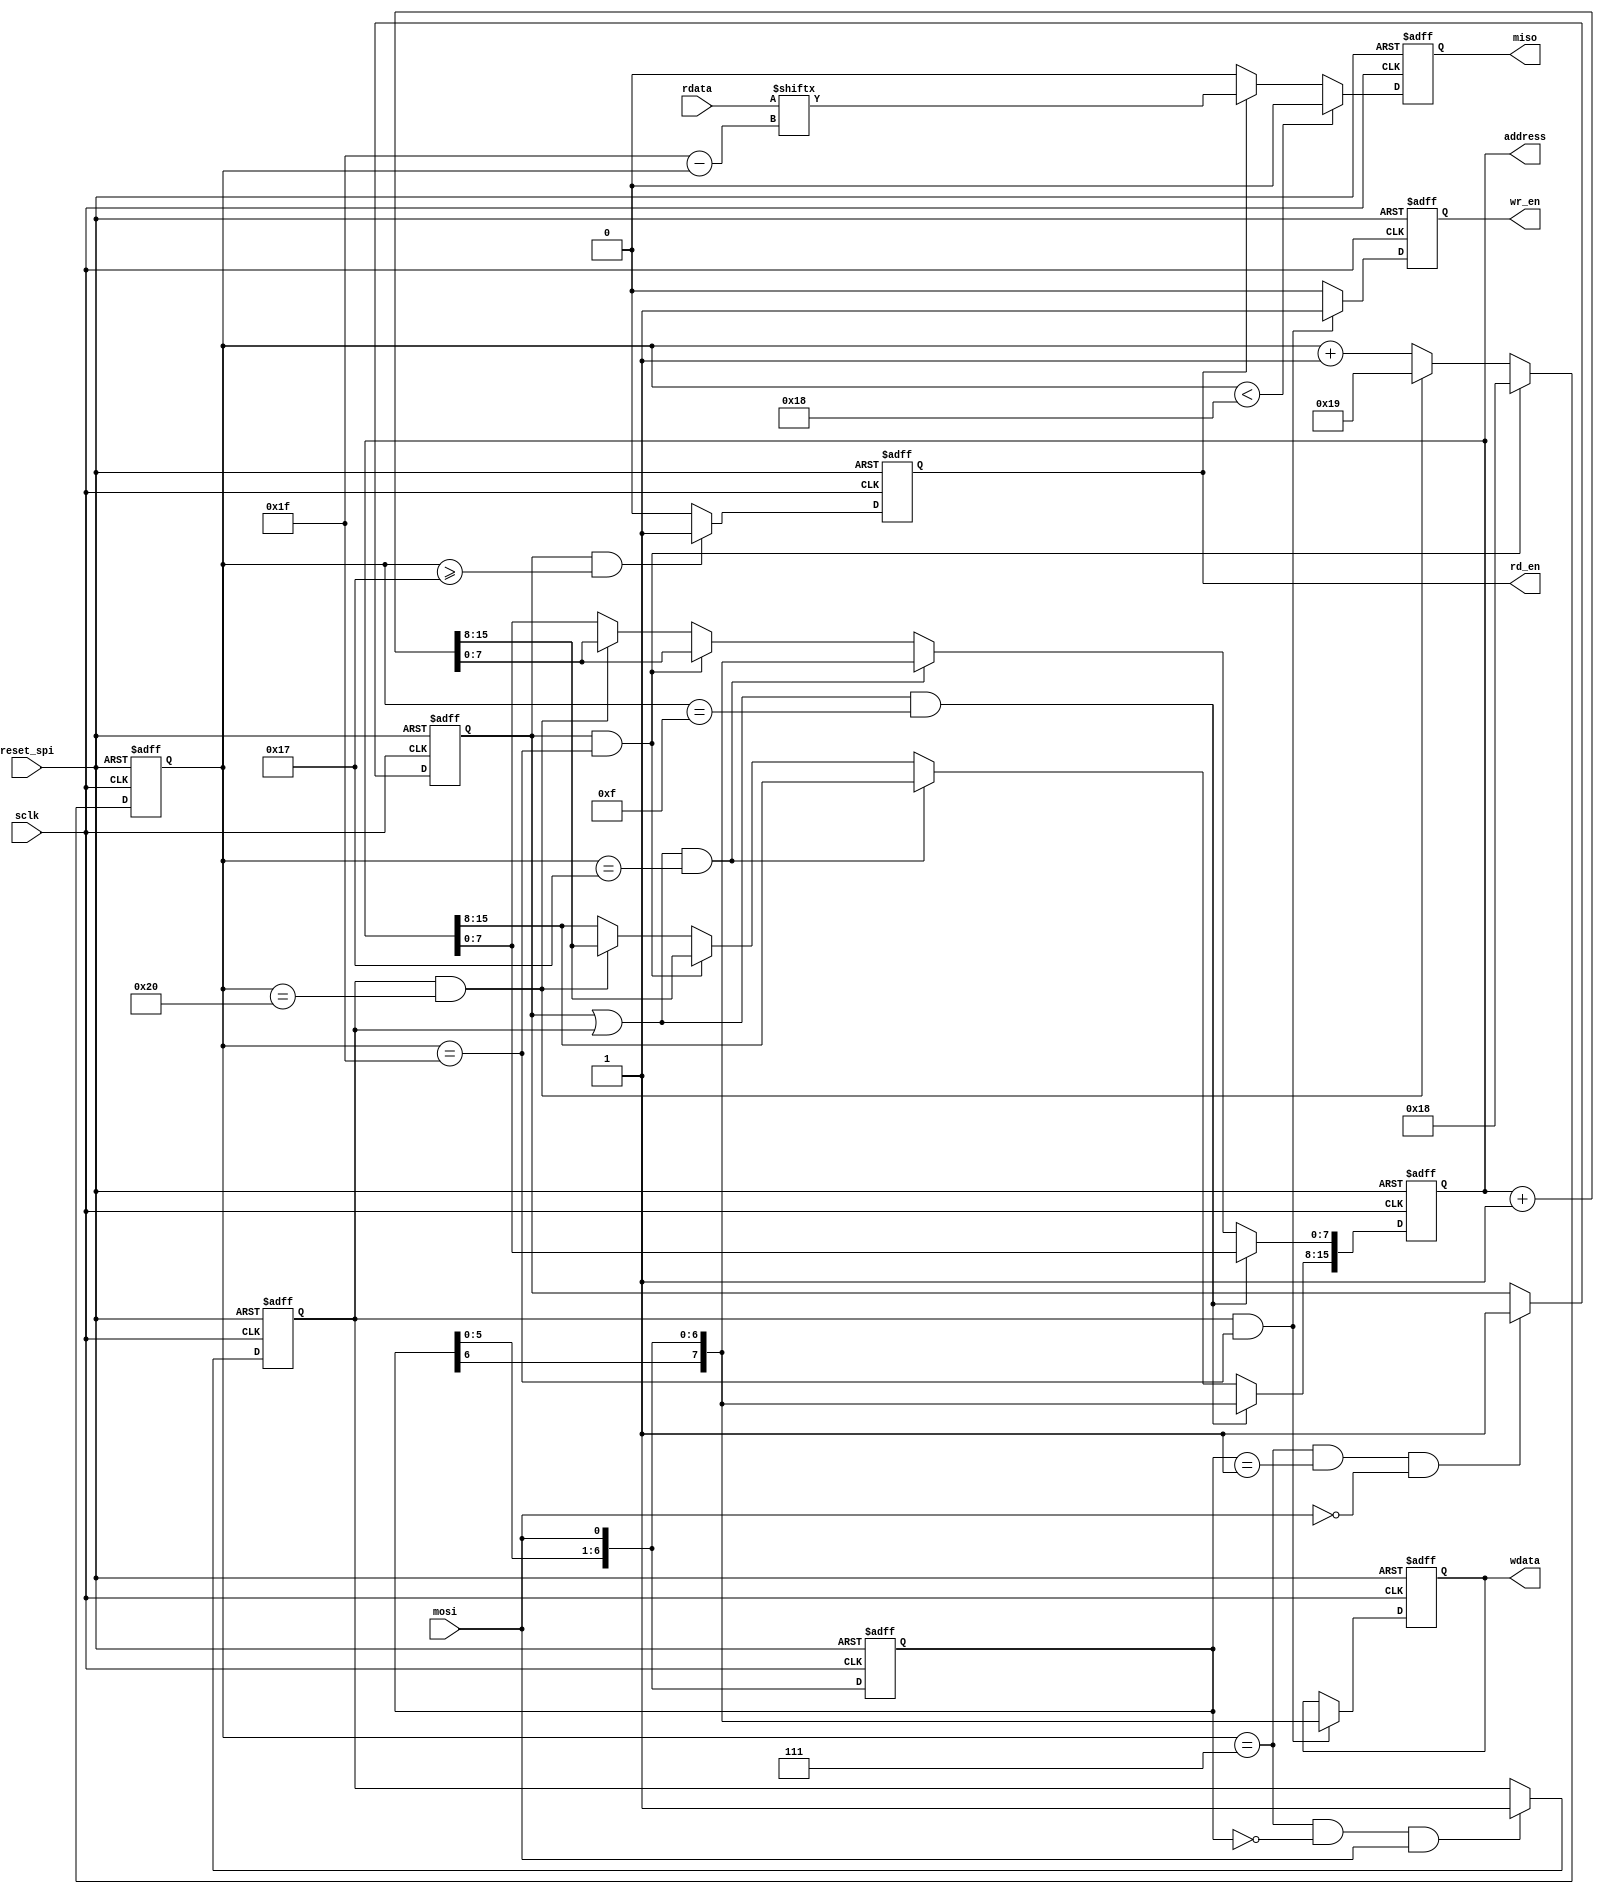
module spi_slave_lbus
  ( input             sclk,   // SPI
    input             mosi,   // SPI
    output reg        miso,   // SPI
    input             reset_spi,  // ASYNC_RESET
    input       [7:0] rdata,  // LBUS
    output reg        rd_en,  // LBUS
    output reg        wr_en,  // LBUS
    output reg  [7:0] wdata,  // LBUS
    output reg [15:0] address // LBUS
    );

   reg [6:0] mosi_buffer;
   reg [5:0] bit_count;
   reg       read_cycle;
   reg       write_cycle;
   reg       multi_cycle;

   always @(posedge sclk or posedge reset_spi)
     if (reset_spi) mosi_buffer <= 7'd0;
     else           mosi_buffer <= {mosi_buffer[5:0],mosi};

   always @(posedge sclk or posedge reset_spi)
     if (reset_spi)                                          bit_count <= 6'd0;
     else if ((read_cycle  == 1'b1) && (bit_count == 6'd31)) bit_count <= 6'd24;
     else if ((write_cycle == 1'b1) && (bit_count == 6'd32)) bit_count <= 6'd25;
     else                                                    bit_count <= bit_count + 1;

   always @(negedge sclk or posedge reset_spi)
     if (reset_spi)              miso <= 1'b0;
     else if (bit_count < 6'd24) miso <= 1'b0;
     else if (rd_en == 1'b1)     miso <= rdata[6'd31 - bit_count];
     else                        miso <= 1'b0;

   // read command is 8'b0000_0010, write command is 8'b0000_0001

  always @(posedge sclk or posedge reset_spi)
     if (reset_spi)                                                            read_cycle <= 1'b0;
     else if ((bit_count == 6'd7) && (mosi_buffer == 7'h01) && (mosi == 1'b0)) read_cycle <= 1'b1;

    always @(posedge sclk or posedge reset_spi)
      if (reset_spi)                                         rd_en <= 1'b0;
      else if ((read_cycle == 1'b1) && (bit_count >= 6'd23)) rd_en <= 1'b1;
      else                                                   rd_en <= 1'b0;

  always @(posedge sclk or posedge reset_spi)
     if (reset_spi)                                                            write_cycle <= 1'b0;
     else if ((bit_count == 6'd7) && (mosi_buffer == 7'h00) && (mosi == 1'b1)) write_cycle <= 1'b1;

   always @(posedge sclk or posedge reset_spi)
      if (reset_spi)                                          wr_en <= 1'b0;
      else if ((write_cycle == 1'b1) && (bit_count == 6'd31)) wr_en <= 1'b1;
      else                                                    wr_en <= 1'b0;

    always @(posedge sclk or posedge reset_spi)
      if (reset_spi)                                                address[15:0] <= 16'h0000;
      else if ((read_cycle || write_cycle) && (bit_count == 6'd15)) address[15:8] <= {mosi_buffer[6:0],mosi};
      else if ((read_cycle || write_cycle) && (bit_count == 6'd23)) address[7:0]  <= {mosi_buffer[6:0],mosi};
      else if ( read_cycle                 && (bit_count == 6'd31)) address[15:0] <= address[15:0] + 1;
      else if (               write_cycle  && (bit_count == 6'd32)) address[15:0] <= address[15:0] + 1;

    always @(posedge sclk or posedge reset_spi)
      if (reset_spi)                                wdata <= 8'h00;
      else if (write_cycle && (bit_count == 6'd31)) wdata <= {mosi_buffer[6:0],mosi};

endmodule